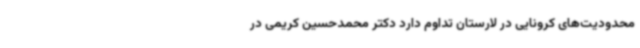
محدودیت‌های کرونایی در لارستان تداوم دارد دکتر محمدحسین کریمی در